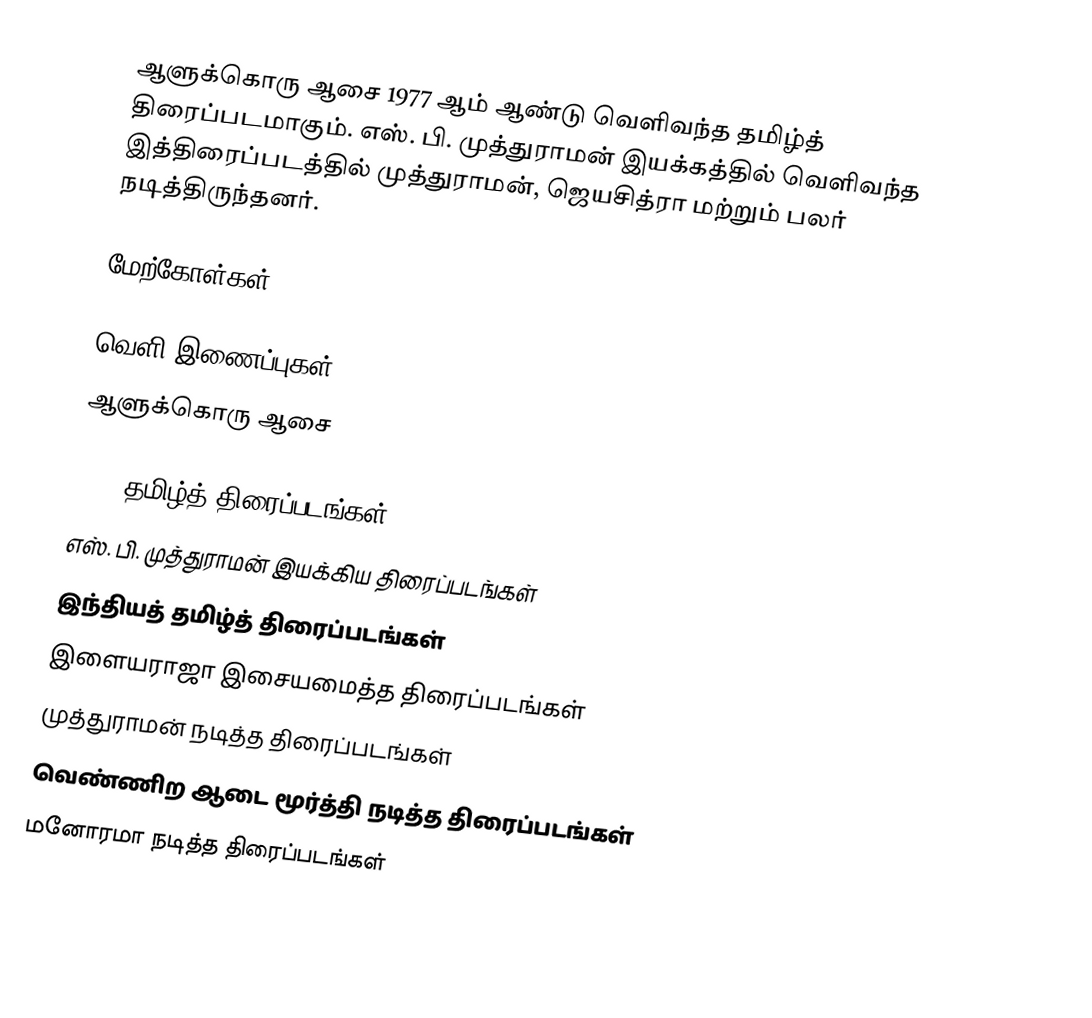
ஆளுக்கொரு ஆசை 1977 ஆம் ஆண்டு வெளிவந்த தமிழ்த் திரைப்படமாகும். எஸ். பி. முத்துராமன் இயக்கத்தில் வெளிவந்த இத்திரைப்படத்தில் முத்துராமன், ஜெயசித்ரா மற்றும் பலர் நடித்திருந்தனர்.

மேற்கோள்கள்

வெளி இணைப்புகள்
 ஆளுக்கொரு ஆசை

1977 தமிழ்த் திரைப்படங்கள்
எஸ். பி. முத்துராமன் இயக்கிய திரைப்படங்கள்
இந்தியத் தமிழ்த் திரைப்படங்கள்
இளையராஜா இசையமைத்த திரைப்படங்கள்
முத்துராமன் நடித்த திரைப்படங்கள்
வெண்ணிற ஆடை மூர்த்தி நடித்த திரைப்படங்கள்
மனோரமா நடித்த திரைப்படங்கள்